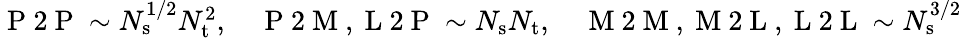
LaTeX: \begin{array}{r}{\mathrm{~P~2~P~}\sim N_{\mathrm{s}}^{1/2}N_{\mathrm{t}}^{2},\quad\mathrm{~P~2~M~,~L~2~P~}\sim N_{\mathrm{s}}N_{\mathrm{t}},\quad\mathrm{~M~2~M~,~M~2~L~,~L~2~L~}\sim N_{\mathrm{s}}^{3/2}}\end{array}